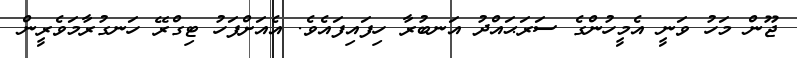
ޖޫން މަހު ވަނީ އެމީހުންގެ ސަރަޙައްދު އަނބުރާ ހިފައިފައެވެ. އެއަށްފަހު ޓިގްރޭ ހަނގުރާމަވެރީން